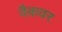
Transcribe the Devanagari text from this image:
वैकवर